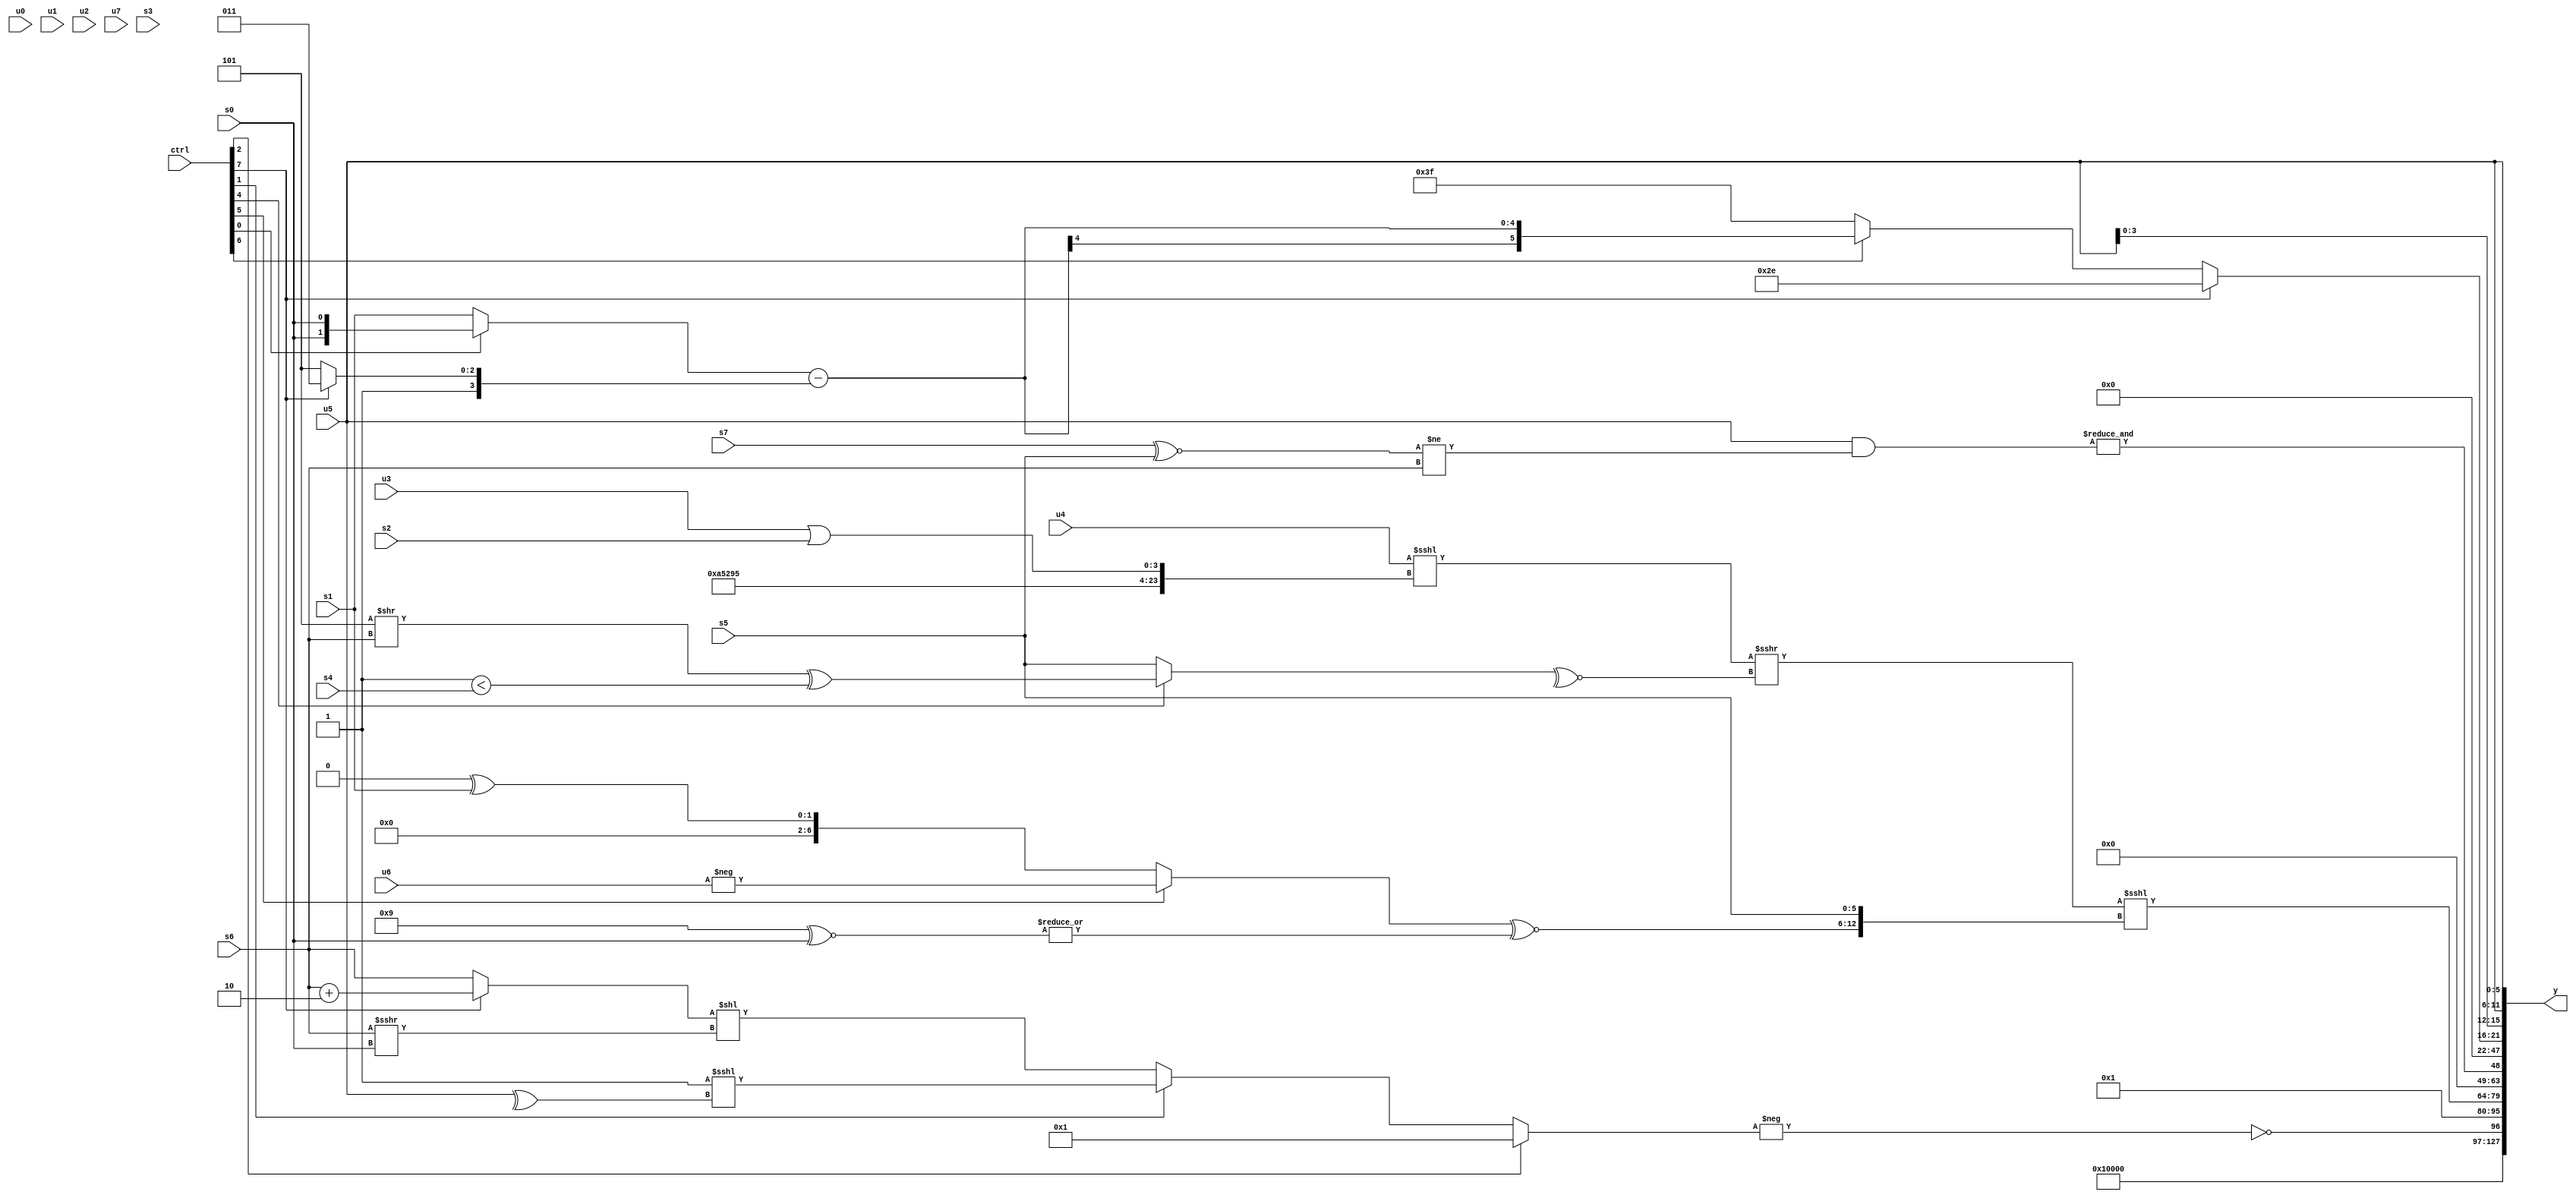
module wideexpr_00878(ctrl, u0, u1, u2, u3, u4, u5, u6, u7, s0, s1, s2, s3, s4, s5, s6, s7, y);
  input [7:0] ctrl;
  input [0:0] u0;
  input [1:0] u1;
  input [2:0] u2;
  input [3:0] u3;
  input [4:0] u4;
  input [5:0] u5;
  input [6:0] u6;
  input [7:0] u7;
  input signed [0:0] s0;
  input signed [1:0] s1;
  input signed [2:0] s2;
  input signed [3:0] s3;
  input signed [4:0] s4;
  input signed [5:0] s5;
  input signed [6:0] s6;
  input signed [7:0] s7;
  output [127:0] y;
  wire [15:0] y0;
  wire [15:0] y1;
  wire [15:0] y2;
  wire [15:0] y3;
  wire [15:0] y4;
  wire [15:0] y5;
  wire [15:0] y6;
  wire [15:0] y7;
  assign y = {y0,y1,y2,y3,y4,y5,y6,y7};
  assign y0 = $signed(5'b00010);
  assign y1 = !(-((ctrl[2]?4'sb0001:(ctrl[1]?($signed(2'sb11))<<<(^(u5)):(+((ctrl[7]?(s6)+(2'sb10):s6)))<<($unsigned((s6)>>>(s0)))))));
  assign y2 = +($signed(4'b0001));
  assign y3 = (+(((u4)<<<($signed(({-({4{5'b01011}}),$signed((u3)|(s2))})>>>(($unsigned($signed(1'b0)))&($unsigned((1'b1)>>(3'sb100)))))))>>>(~^($unsigned({(ctrl[4]?((4'b0101)>>(s6))^((1'sb1)<(s4)):s5)})))))<<<({{((ctrl[5]?-(u6):(-(1'sb0))^(s1)))^~($signed(|((-((4'sb1000)^~(1'sb0)))^~(s0)))),s5}});
  assign y4 = &({4{(u5)&(((s7)^~(s5))!=(+(s6)))}});
  assign y5 = $unsigned(3'sb000);
  assign y6 = $unsigned((ctrl[7]?$signed(6'b101110):(ctrl[6]?((ctrl[0]?s0:s1))-((ctrl[7]?6'sb111011:4'sb1101)):-(-(2'sb11)))));
  assign y7 = $signed({3{u5}});
endmodule